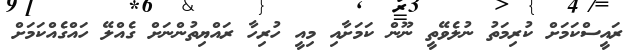
ރައީސްކަމަށް ކުރިމަތު ނުލެވޭތީ ނޫން ކަމަށާއި މިއީ ހުރިހާ ރައްޔިތުންނަށް ގެއްލޭ ހައްގެއްކަމަށް